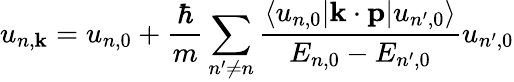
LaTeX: u_{n,\mathbf{k}}=u_{n,0}+{\frac{\hbar}{m}}\sum_{n^{\prime}\neq n}{\frac{\langle u_{n,0}|\mathbf{k}\cdot\mathbf{p}|u_{n^{\prime},0}\rangle}{E_{n,0}-E_{n^{\prime},0}}}u_{n^{\prime},0}